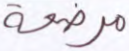
مرضعة